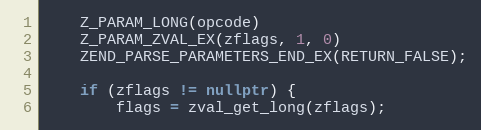
Language: C++
    Z_PARAM_LONG(opcode)
    Z_PARAM_ZVAL_EX(zflags, 1, 0)
    ZEND_PARSE_PARAMETERS_END_EX(RETURN_FALSE);

    if (zflags != nullptr) {
        flags = zval_get_long(zflags);